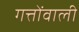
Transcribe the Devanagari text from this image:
गत्तोंवाली